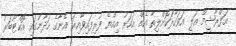
އަފްރާޝީމް އަލީ އަވަހާރަކޮށްލިތާ އެއް އަހަރު އިއްޔެ ފުރިފައިވާއިރު އޭނާގެ ހަދާނުގައި އޮކްޓޫބަރު